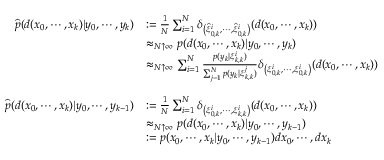
{ \begin{array} { r l } { { \widehat { p } } ( d ( x _ { 0 } , \cdots , x _ { k } ) | y _ { 0 } , \cdots , y _ { k } ) } & { : = { \frac { 1 } { N } } \sum _ { i = 1 } ^ { N } \delta _ { \left( { \widehat { \xi } } _ { 0 , k } ^ { i } , \cdots , { \widehat { \xi } } _ { 0 , k } ^ { i } \right) } ( d ( x _ { 0 } , \cdots , x _ { k } ) ) } \\ & { \approx _ { N \uparrow \infty } p ( d ( x _ { 0 } , \cdots , x _ { k } ) | y _ { 0 } , \cdots , y _ { k } ) } \\ & { \approx _ { N \uparrow \infty } \sum _ { i = 1 } ^ { N } { \frac { p ( y _ { k } | \xi _ { k , k } ^ { i } ) } { \sum _ { j = 1 } ^ { N } p ( y _ { k } | \xi _ { k , k } ^ { j } ) } } \delta _ { \left( \xi _ { 0 , k } ^ { i } , \cdots , \xi _ { 0 , k } ^ { i } \right) } ( d ( x _ { 0 } , \cdots , x _ { k } ) ) } \\ & { \ } \\ { { \widehat { p } } ( d ( x _ { 0 } , \cdots , x _ { k } ) | y _ { 0 } , \cdots , y _ { k - 1 } ) } & { : = { \frac { 1 } { N } } \sum _ { i = 1 } ^ { N } \delta _ { \left( \xi _ { 0 , k } ^ { i } , \cdots , \xi _ { k , k } ^ { i } \right) } ( d ( x _ { 0 } , \cdots , x _ { k } ) ) } \\ & { \approx _ { N \uparrow \infty } p ( d ( x _ { 0 } , \cdots , x _ { k } ) | y _ { 0 } , \cdots , y _ { k - 1 } ) } \\ & { : = p ( x _ { 0 } , \cdots , x _ { k } | y _ { 0 } , \cdots , y _ { k - 1 } ) d x _ { 0 } , \cdots , d x _ { k } } \end{array} }